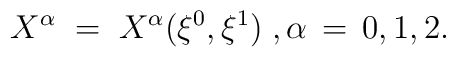
X^\alpha \;=\;  X^\alpha (\xi^0,\xi^1) \;, \alpha\,=\,0,1,2.